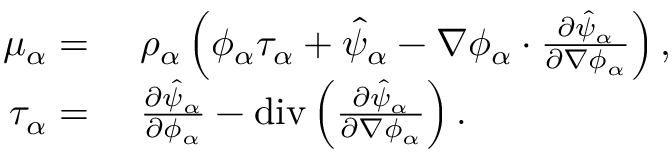
\begin{array} { r l } { \mu _ { \alpha } = } & { ~ \rho _ { \alpha } \left( \phi _ { \alpha } \tau _ { \alpha } + \hat { \psi } _ { \alpha } - \nabla \phi _ { \alpha } \cdot \frac { \partial \hat { \psi } _ { \alpha } } { \partial \nabla \phi _ { \alpha } } \right) , } \\ { \tau _ { \alpha } = } & { ~ \frac { \partial \hat { \psi } _ { \alpha } } { \partial \phi _ { \alpha } } - \mathrm { d i v } \left( \frac { \partial \hat { \psi } _ { \alpha } } { \partial \nabla \phi _ { \alpha } } \right) . } \end{array}